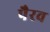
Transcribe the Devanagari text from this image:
पैरव